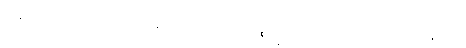
အနာဂတံသဉာဏယထာကမ္မူပဂဉာဏဒွယံ, ဒိဗ္ဗစက္ခုဉာဏံ, အာသဝက္ခယဉာဏန္တိ ဒသ